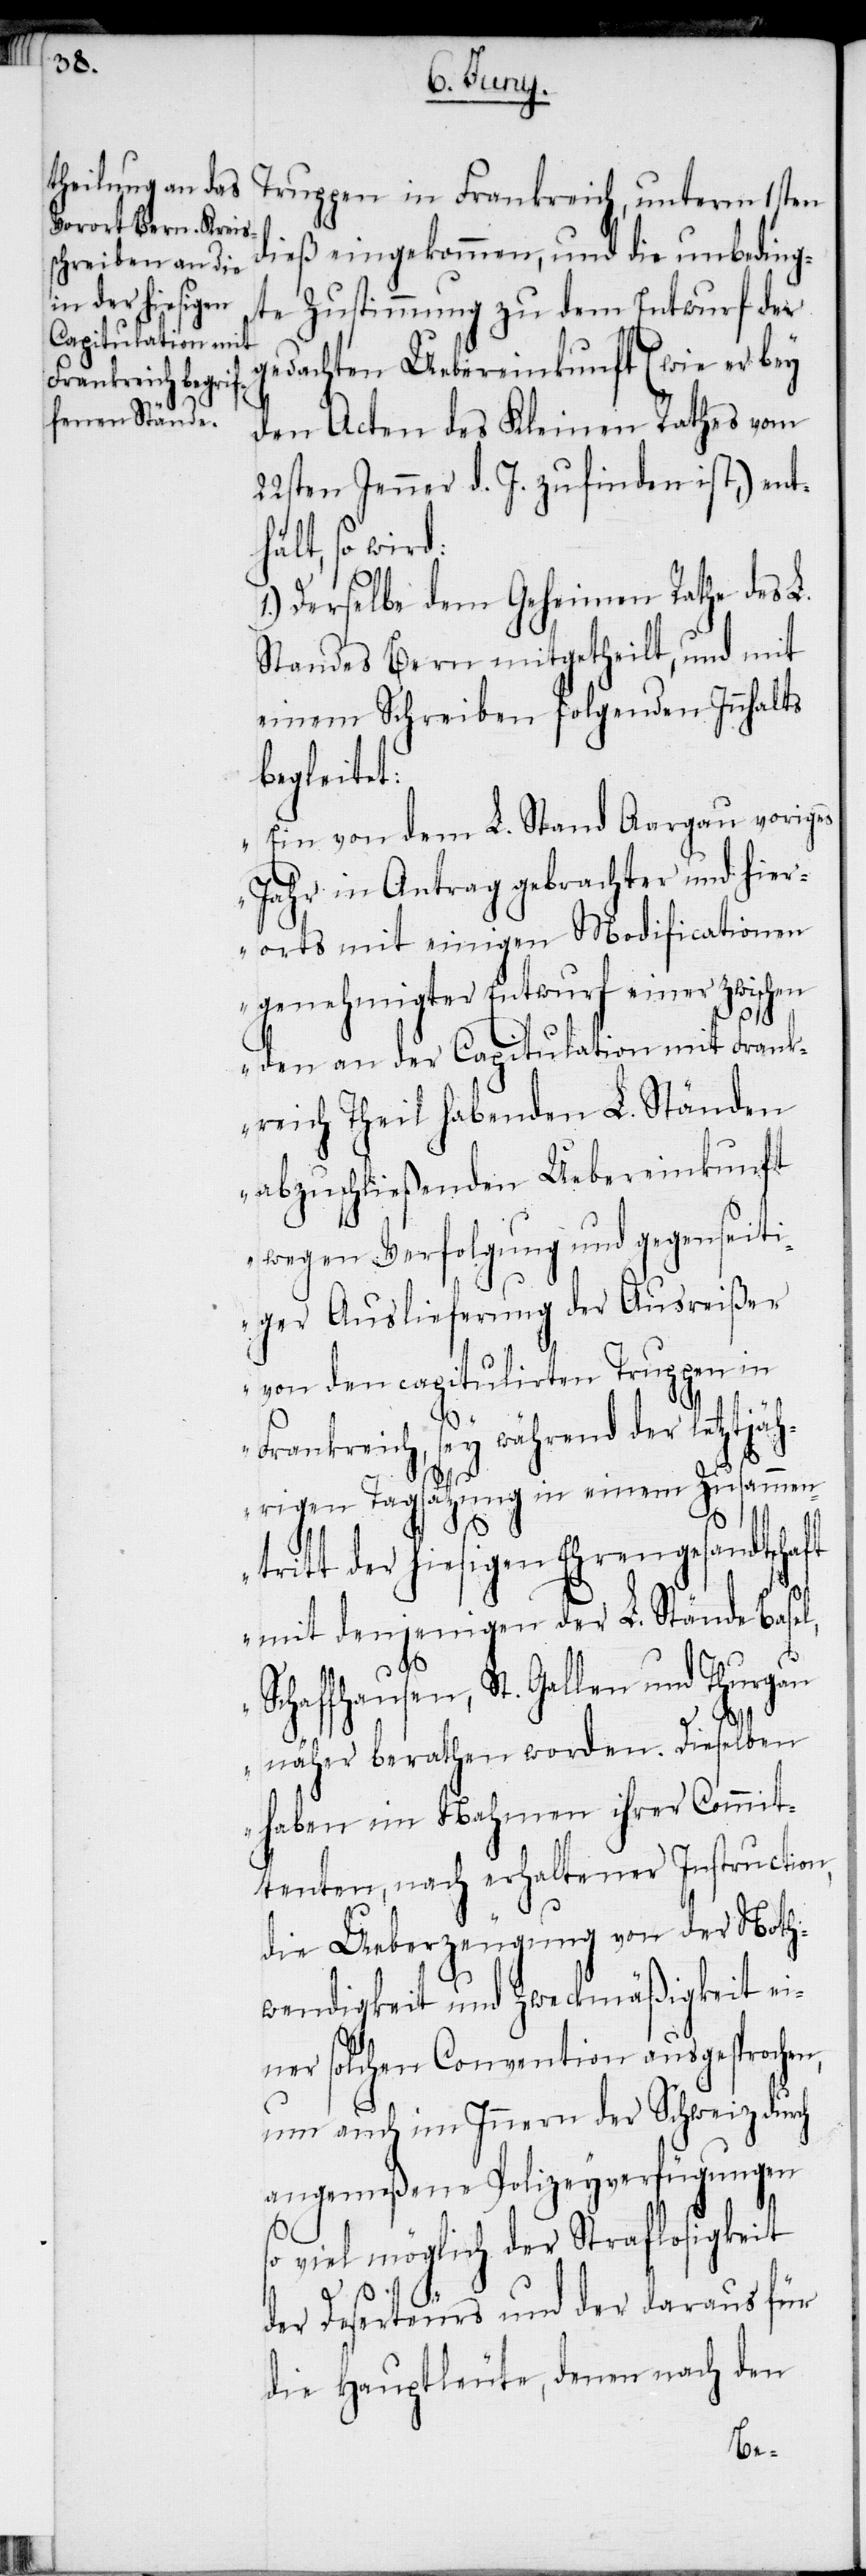
Truppen in Frankreich, unterm 1sten
dieß eingekommen, und die unbeding¬
te Zustimmung zu dem Entwurf der
gedachten Uebereinkunft (wie er bey
den Acten des Kleinen Rathes vom
22sten Jenner d. J. zu finden ist,) ent¬
hält, so wird:
1.) Derselbe dem Geheimen Rathe des L.
Standes Bern mitgetheilt, und mit
einem Schreiben folgenden Innhalts
begleitet:
„Ein von dem L. Stand Aargau voriges
Jahr in Antrag gebrachter und hier¬
orts mit einigen Modificationen
genehmigter Entwurf einer zwischen
den an der Capitulation mit Frank¬
eich Theil habenden L. Ständen
abzuschließenden Uebereinkunft
wegen Verfolgung und gegenseiti¬
ger Auslieferung der Ausreißer
von den capitulirten Truppen in
Frankreich, sey während der letztjäh¬
rigen Tagsatzung in einem Zusammen¬
tritt der hiesigen Ehrengesandtscha¬
mit denjenigen der L. Stände Basel,
Schaffhausen, St. Gallen und Thurgau
näher berathen worden. Dieselben
haben im Nahmen ihrer Commit¬
tenten, nach erhaltener Instruction,
die Ueberzeugung von der Noth¬
wendigkeit und Zweckmäßigkeit ei¬
ner solchen Convention ausgesprochen,
um auch im Innern der Schweiz durch
angemeßene Polizeyverfügungen
ft
so viel möglich der Straflosigkeit
der Deserteurs und der daraus für
die Hauptleute, denen nach den